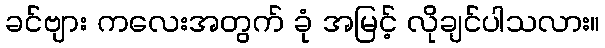
ခင်ဗျား ကလေးအတွက် ခုံ အမြင့် လိုချင်ပါသလား။